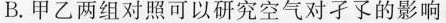
B.甲乙两组对照可以研究空气对子了的影响